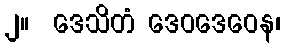
၂။  ဒေသိတံ ဒေဝဒေဝေန၊